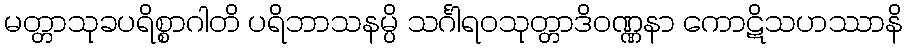
မတ္တာသုခပရိစ္စာဂါတိ ပရိဘာသနမ္ပိ သင်္ဂါရဝသုတ္တာဒိဝဏ္ဏနာ ကောဋိသဟဿာနိ